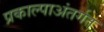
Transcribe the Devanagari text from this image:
प्रकाल्पाअंतर्गत